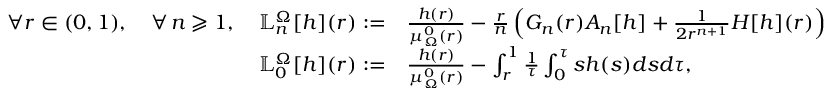
\begin{array} { r l } { \quad \forall r \in ( 0 , 1 ) , \quad \forall \, n \geqslant 1 , \quad \mathbb { L } _ { n } ^ { \Omega } [ h ] ( r ) : = } & { \frac { h ( r ) } { \mu _ { \Omega } ^ { 0 } ( r ) } - \frac { r } { n } \left( G _ { n } ( r ) A _ { n } [ h ] + \frac { 1 } { 2 r ^ { n + 1 } } H [ h ] ( r ) \right) } \\ { \mathbb { L } _ { 0 } ^ { \Omega } [ h ] ( r ) : = } & { \frac { h ( r ) } { \mu _ { \Omega } ^ { 0 } ( r ) } - \int _ { r } ^ { 1 } \frac { 1 } { \tau } \int _ { 0 } ^ { \tau } s h ( s ) d s d \tau , } \end{array}